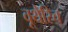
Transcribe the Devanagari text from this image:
वूथेरिच